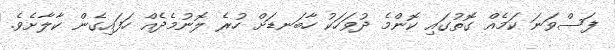
ފަސްވަނަ ކަމެއް ގޮތުގައި ކޮންމެ ދުވަހަކު ހާބަނޑަށް ހުރެ ލޮނުމެދެއް ހަފައިގެން ކާލާށެވެ.